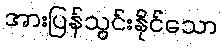
အားပြန်သွင်းနိုင်သော